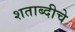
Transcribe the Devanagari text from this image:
शताब्दीचे